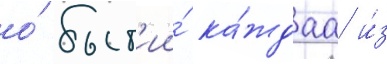
о́ быт'ии́ ка́ждаа и́з